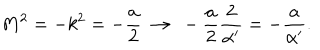
LaTeX: M ^ { 2 } = - k ^ { 2 } = - \frac { a } { 2 } \ \to \ - \frac { a } { 2 } \frac { 2 } { \alpha ^ { \prime } } = - \frac { a } { \alpha ^ { \prime } } .